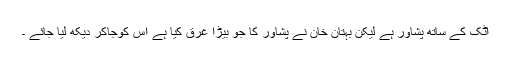
اٹک کے ساتھ پشاور ہے لیکن بہتان خان نے پشاور کا جو بیڑا غرق کیا ہے اس کوجاکر دیکھ لیا جائے ۔